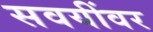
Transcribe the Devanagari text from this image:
सवयींवर